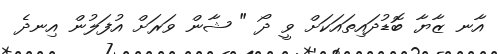
އާނ ޒާޔާ ބޮޑުދައިތައަކަށް ވީ ދޯ " ޝާން ވަރަށް އުފަލުން އިނދެ